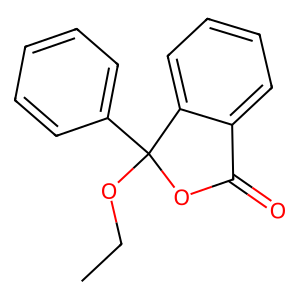
SMILES: CCOC1(c2ccccc2)OC(=O)c2ccccc21
Inhibits HIV replication: No